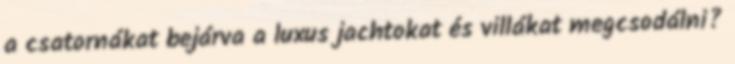
a csatornákat bejárva a luxus jachtokat és villákat megcsodálni?